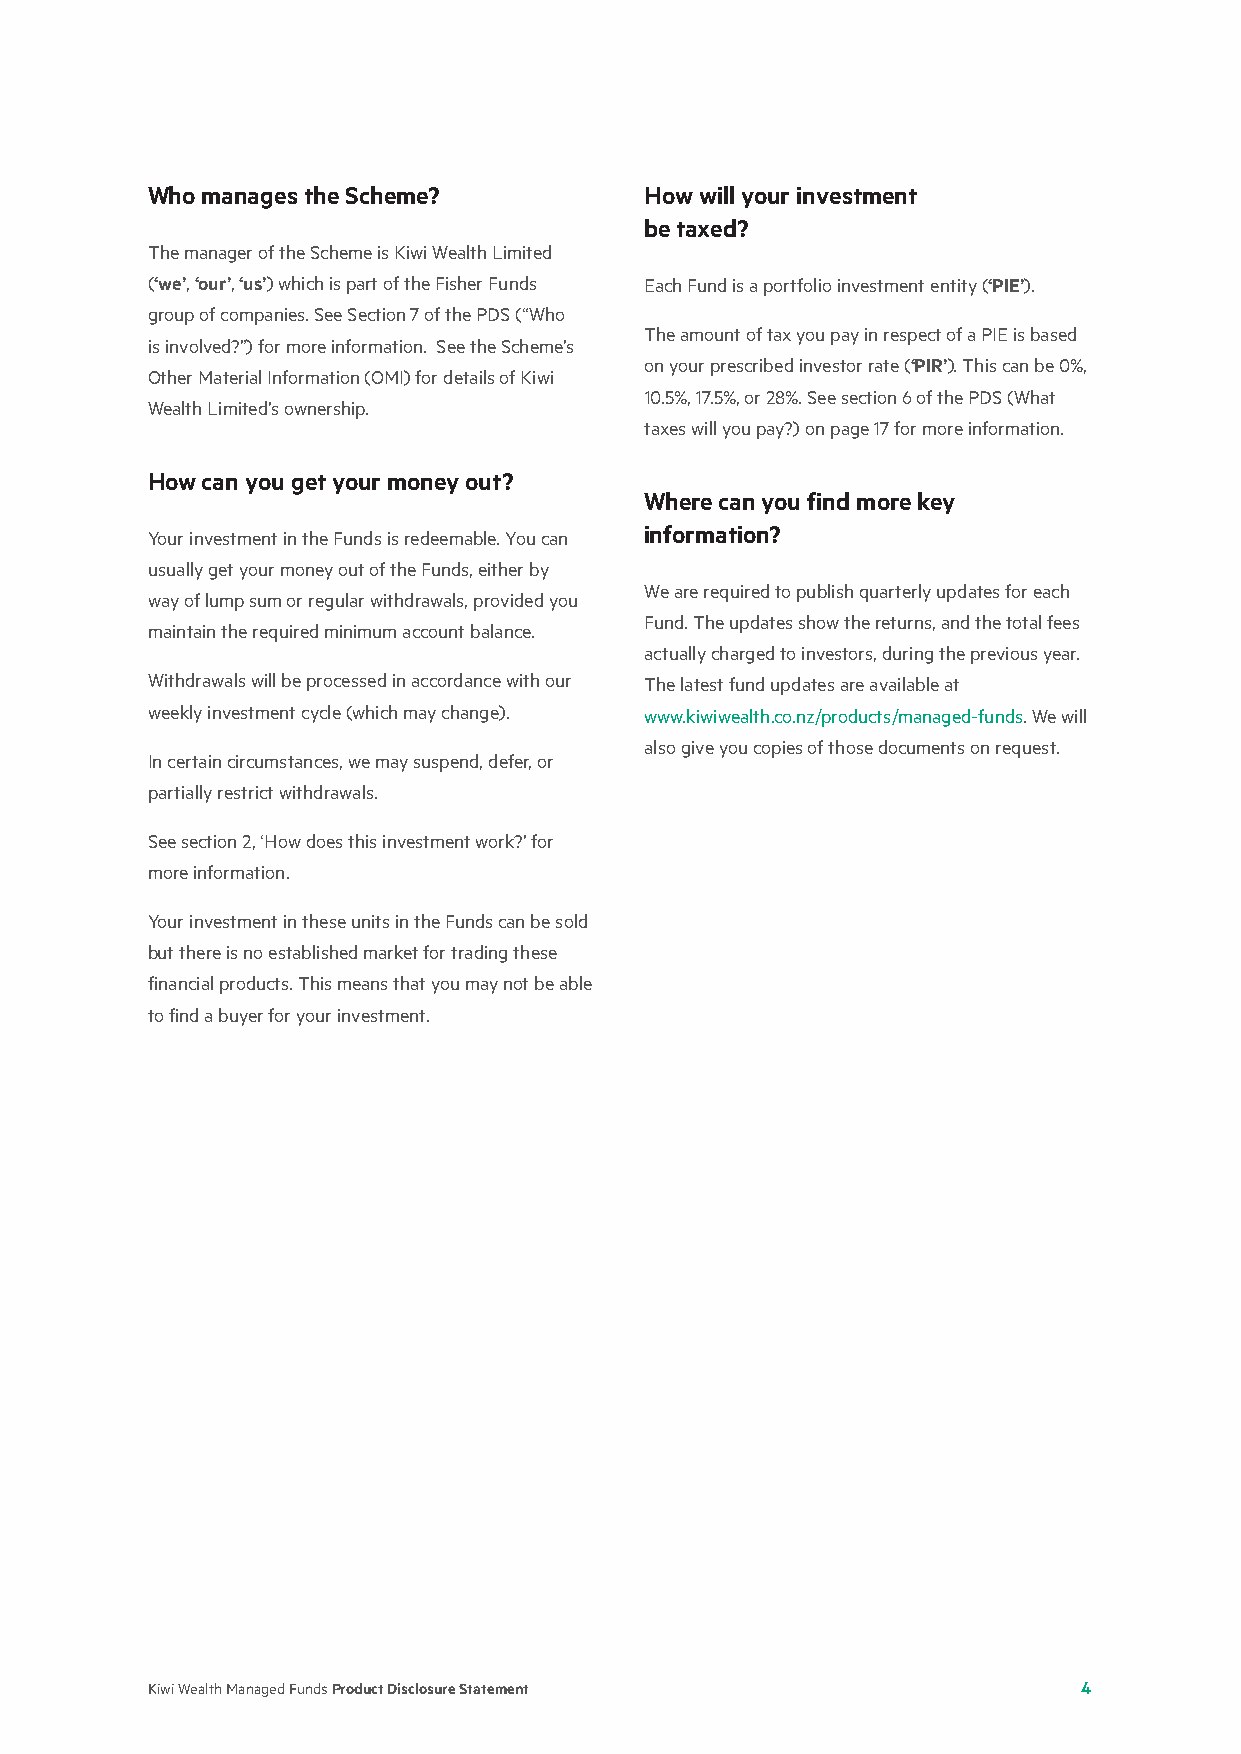
Who manages the Scheme?          How will your investment
 be taxed?
 The manager of the Scheme is Kiwi Wealth Limited
 (‘we’, ‘our’, ‘us’) which is part of the Fisher Funds Each Fund is a portfolio investment entity (‘PIE’).
 group of companies. See Section 7 of the PDS (“Who
 The amount of tax you pay in respect of a PIE is based
 is involved?”) for more information. See the Scheme’s
 on your prescribed investor rate (‘PIR’). This can be 0%,
 Other Material Information (OMI) for details of Kiwi
 10.5%, 17.5%, or 28%. See section 6 of the PDS (What
 Wealth Limited’s ownership.
 taxes will you pay?) on page 17 for more information.
 How can you get your money out?
 Where can you find more key
 Your investment in the Funds is redeemable. You can information?
 usually get your money out of the Funds, either by
 We are required to publish quarterly updates for each
 way of lump sum or regular withdrawals, provided you
 Fund. The updates show the returns, and the total fees
 maintain the required minimum account balance.
 actually charged to investors, during the previous year.
 Withdrawals will be processed in accordance with our The latest fund updates are available at
 weekly investment cycle (which may change). www.kiwiwealth.co.nz/products/managed-funds. We will
 also give you copies of those documents on request.
 In certain circumstances, we may suspend, defer, or
 partially restrict withdrawals.
 See section 2, ‘How does this investment work?’ for
 more information.
 Your investment in these units in the Funds can be sold
 but there is no established market for trading these
 financial products. This means that you may not be able
 to find a buyer for your investment.
 Kiwi Wealth Managed Funds Product Disclosure Statement        4